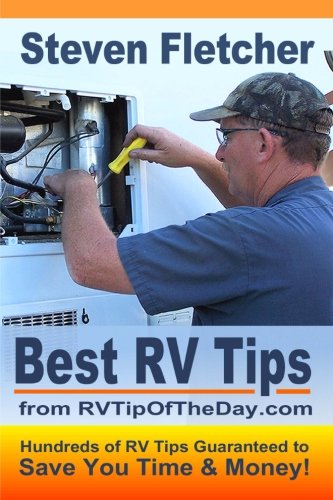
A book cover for Best RV Tips from RVTipOfTheDay.com; Steven Fletcher; Travel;